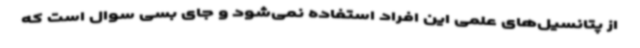
از پتانسیل‌های علمی این افراد استفاده نمی‌شود و جای بسی سوال است که